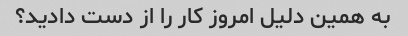
به همین دلیل امروز کار را از دست دادید؟